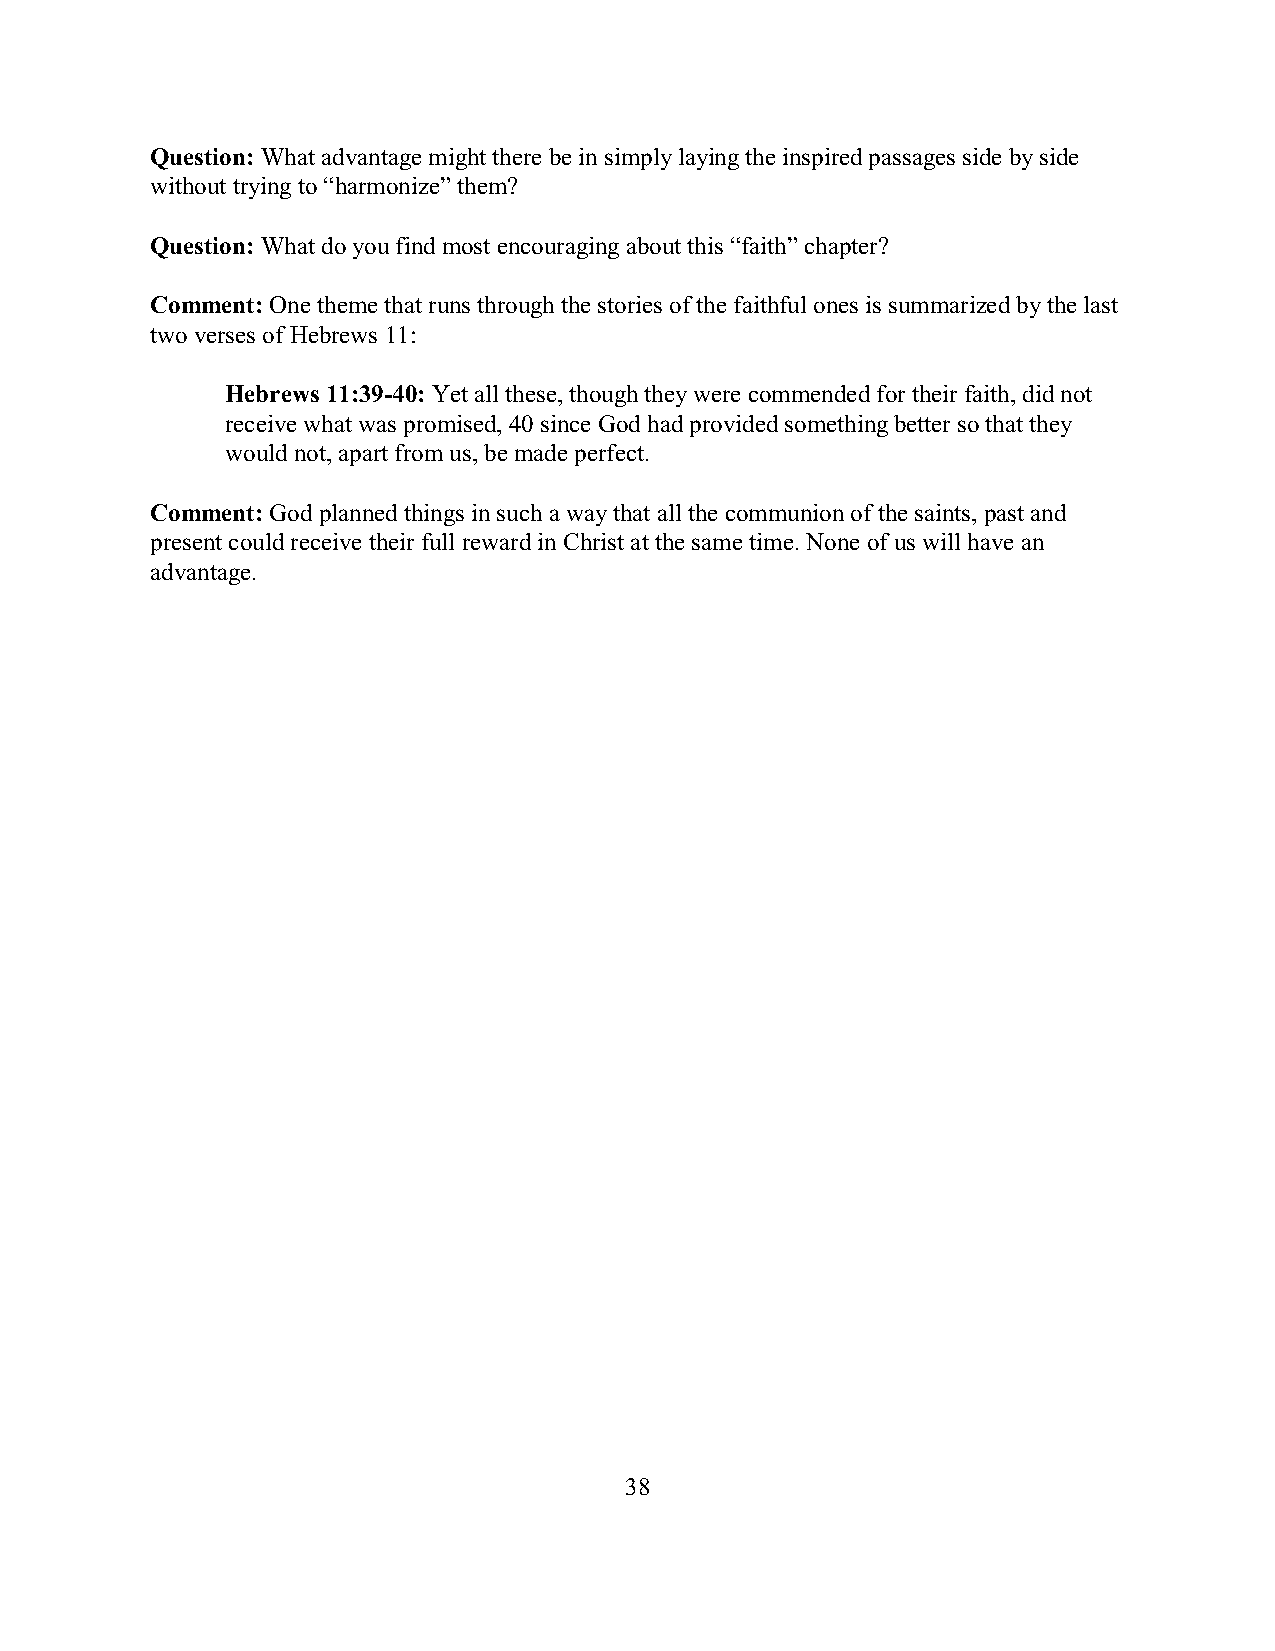
Question: What advantage might there be in simply laying the inspired passages side by side
 without trying to “harmonize” them?
 Question: What do you find most encouraging about this “faith” chapter?
 Comment: One theme that runs through the stories of the faithful ones is summarized by the last
 two verses of Hebrews 11:
 Hebrews 11:39-40: Yet all these, though they were commended for their faith, did not
 receive what was promised, 40 since God had provided something better so that they
 would not, apart from us, be made perfect.
 Comment: God planned things in such a way that all the communion of the saints, past and
 present could receive their full reward in Christ at the same time. None of us will have an
 advantage.
 38